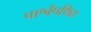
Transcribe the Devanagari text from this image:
पार्श्वपथित